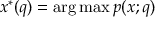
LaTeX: x ^ { * } ( q ) = \arg \operatorname* { m a x } p ( x ; q )